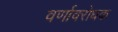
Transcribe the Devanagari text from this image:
वर्णावरोधक